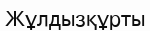
Жұлдызқұрты